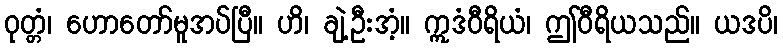
ဝုတ္တံ၊ ဟောတော်မူအပ်ပြီ။ ဟိ၊ ချဲ့ဦးအံ့။ ဣဒံဝီရိယံ၊ ဤဝီရိယသည်။ ယဒပိ၊